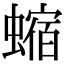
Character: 𧐴